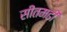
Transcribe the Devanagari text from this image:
सीतमढी